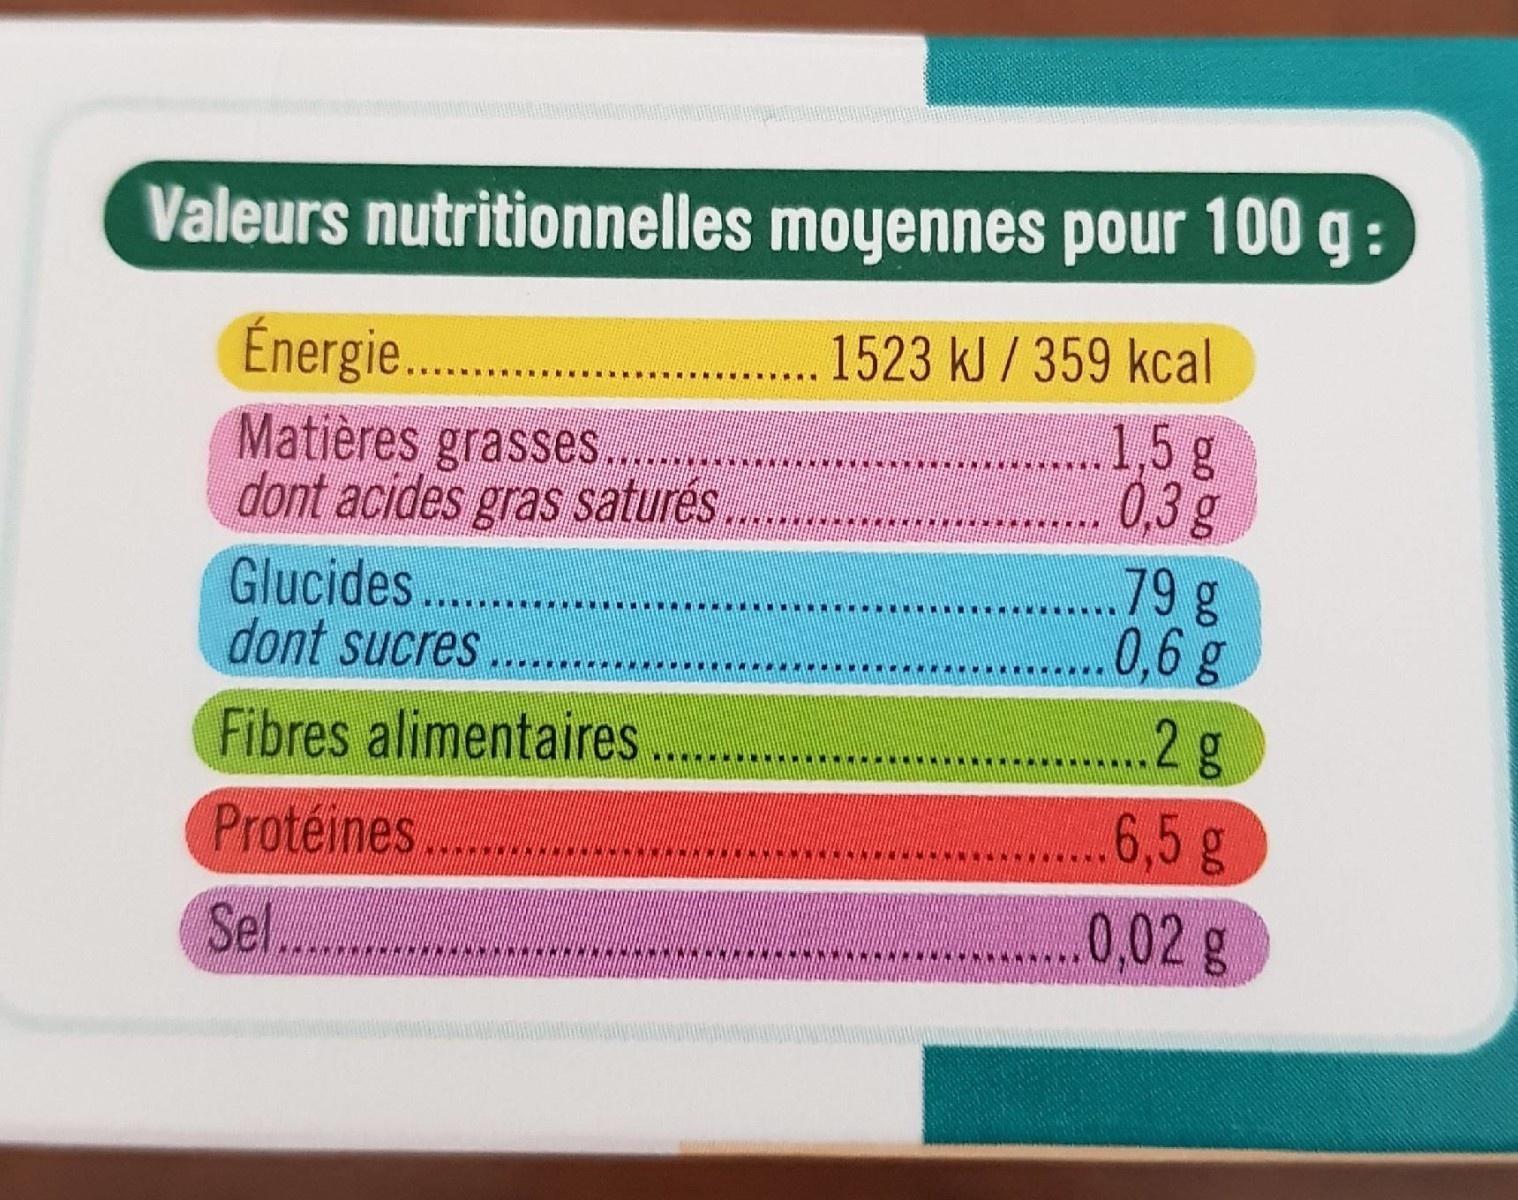
Valeurs nutritionnelles moyennes pour 100 g:
1523 kJ / 359 kcal 1,5g 0,3 g .79 g ...0,6 g
Énergie.
Matières grasses. dont acides gras saturės
Glucides... dont sucres
Fibres alimentaires
..2g
..6,5 g .0,02g
Protéines
Sel. .
WWW.NIN